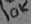
Text: 10K